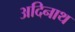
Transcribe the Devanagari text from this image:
अदिनाथ